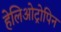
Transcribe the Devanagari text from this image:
हेलिओट्रोपिन